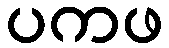
ပကဖ